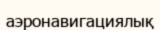
аэронавигациялық